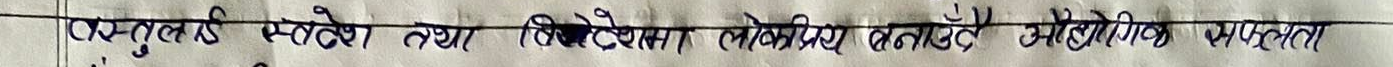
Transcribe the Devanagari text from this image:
अनुतुलित मापन तथा विशेषज्ञ लोकप्रिय बनाते और औद्योगिक सफलता